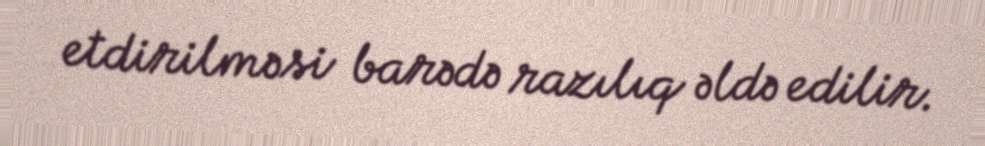
etdirilməsi barədə razılıq əldə edilir.